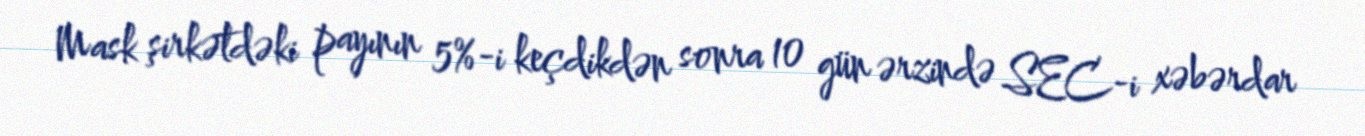
Mask şirkətdəki payının 5%-i keçdikdən sonra 10 gün ərzində SEC-i xəbərdar